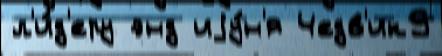
л'и́д'еру энд иjу́н'я Чедв'ик9